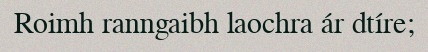
Roimh ranngaibh laochra ár dtíre;